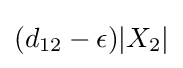
(d_{12}-\epsilon )|X_{2}|